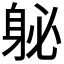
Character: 𰸽